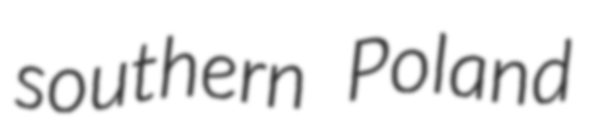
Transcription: southern Poland